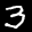
Label: 3